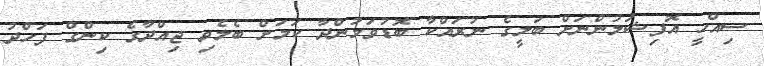
ސިއްހީ އޮފިޝަލުންނަށް ބަލީގެ ނުރައްކާ ބޮޑުވަމުންދާ ކަމަށް ބެލެވި ޖިއްދާގެ ކިންގް ފަހްދު